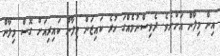
އިން މިލާން އަށްށެވެ. ދެވިސްނުމެއްގަ ހުރެ ކައިޒަން މިލާން ކައިރިއަށް ގޮސް މިލާން